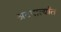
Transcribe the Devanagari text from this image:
अटपार्त्यांत